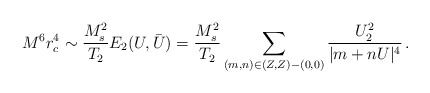
\begin{align*}M^6r_c^4\sim \frac{M_s^2}{T_2}E_2(U,\bar U)= \frac{M_s^2}{T_2}\sum_{(m,n)\in (Z,Z)-(0,0)}\frac{U_2^2}{|m+nU|^4}\,.\end{align*}